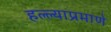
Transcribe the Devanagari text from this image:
हल्ल्याप्रमाणे